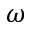
\boldsymbol { \omega }